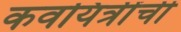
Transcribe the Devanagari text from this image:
कवयित्रींची